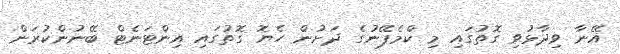
އޭނާ ވިދާޅުވި ގޮތުގައި މި ކްމެޕޭނުގެ ދަށުން ހެޔޮ ގޮތުގައި އިންޓަނެޓް ބޭނުންކުރަން